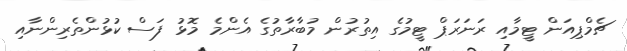
ޗެމްޕިއަން ޓީމާއި ރަނަރަޕް ޓީމުގެ އިތުރުން މުބާރާތުގެ އެންމެ މޮޅު ފަސް ކުޅުންތެރިންނާއި